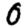
Digit: 0